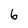
Character: 6